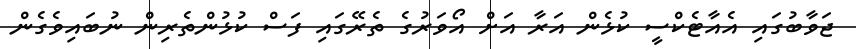
ޖަވާބުގައި އެއާޓެކްސީ ކުޅެން އަރާ އަށް އޯވަރުގެ ތެރޭގައި ފަސް ކުޅުންތެރިން ނުބައިވެގެން